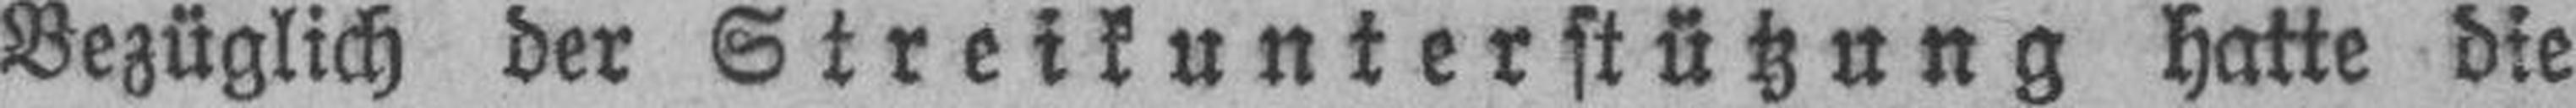
Bezüglich der Streikunterstützung hatte die